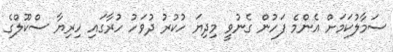
ސަމާލުކަމަށް އެންމެ ފަހުން ގެނުވީ މިދިޔަ ހުކުރު ދުވަހު ހުރާގައި ހިރިޔާ ސްކޫލްގެ